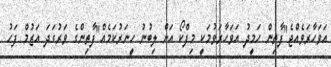
އަވަހާރަވެއްޖެ"ފާތިން ހަމީދު އަވަހާރަވުމަކީ މިފްކޯ އަށް ލިބުނު ހީނަރުކަމެއް"ފާތިންގެ ވަރުގަދަ އަޒުމް ފަހު